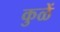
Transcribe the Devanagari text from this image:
कुळें